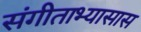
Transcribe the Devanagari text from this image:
संगीताभ्यासास